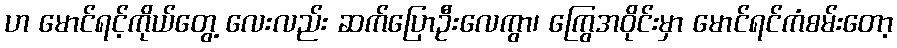
ဟ မောင်ရင့်ကိုယ်တွေ့ လေးလည်း ဆက်ပြောဦးလေကွာ၊ ကြွေအဝိုင်းမှာ မောင်ရင်ကံစမ်းတော့